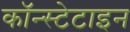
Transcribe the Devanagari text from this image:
कॉन्स्टेटाइन